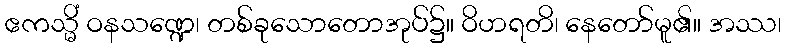
ဧကသ္မိံ ဝနသဏ္ဍေ၊ တစ်ခုသောတောအုပ်၌။ ဝိဟရတိ၊ နေတော်မူ၏။ အဿ၊